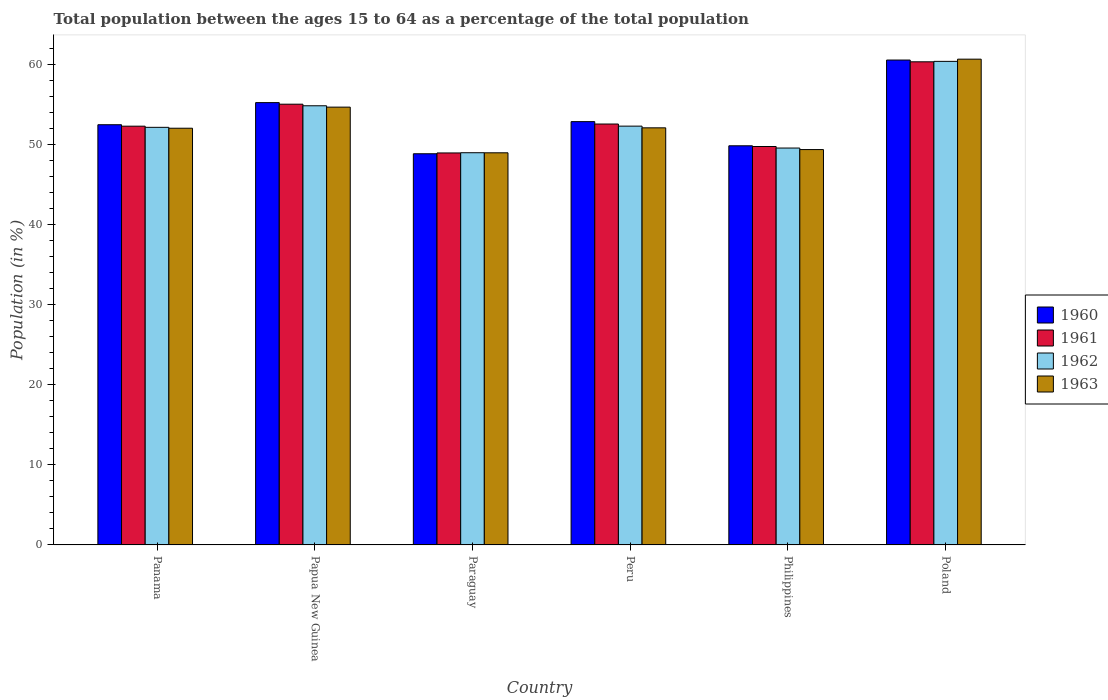
| Country | 1960 | 1961 | 1962 | 1963 |
 | --- | --- | --- | --- | --- |
 | Panama | 52.5 | 52.3 | 52.2 | 52.1 |
 | Papua New Guinea | 55.3 | 55.1 | 54.9 | 54.7 |
 | Paraguay | 48.9 | 49 | 49 | 49 |
 | Peru | 52.9 | 52.6 | 52.3 | 52.1 |
 | Philippines | 49.9 | 49.8 | 49.6 | 49.4 |
 | Poland | 60.6 | 60.4 | 60.4 | 60.7 |